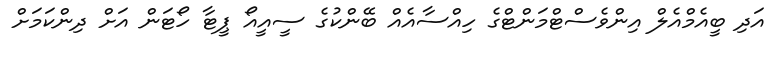
އަދި ބީއެމްއެލް އިންވެސްޓްމަންޓްގެ ހިއްސާއެއް ބޭންކުގެ ސީއީއޯ ޕީޓާ ހޯޓަން އަށް ދިންކަމަށް